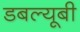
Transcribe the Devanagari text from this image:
डबल्यूबी